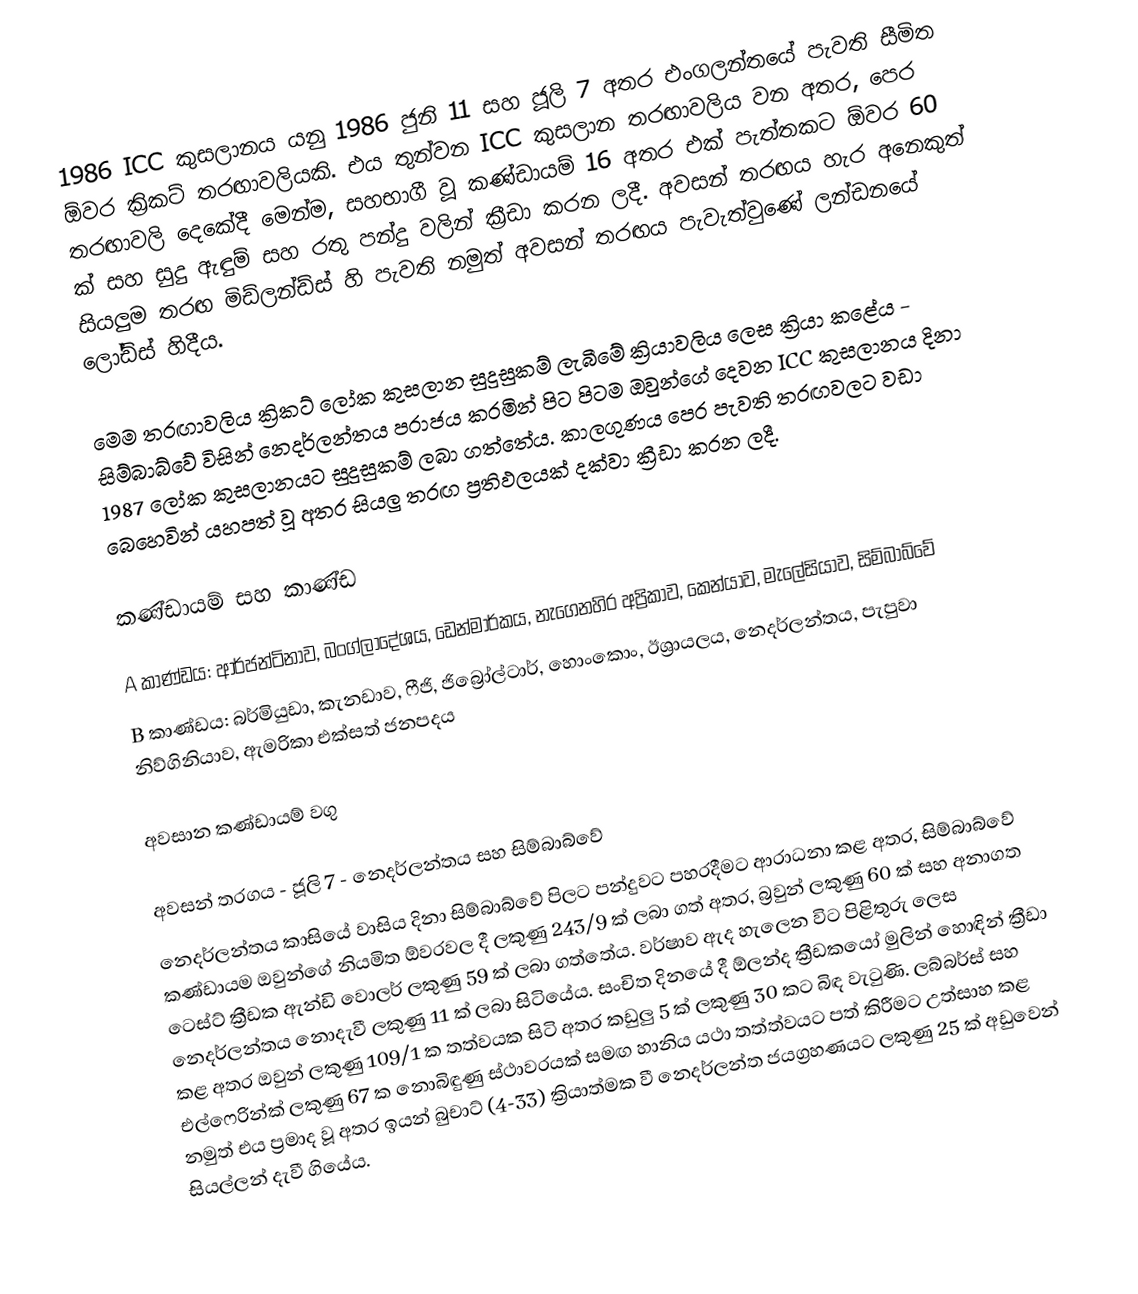
1986 ICC කුසලානය යනු 1986 ජුනි 11 සහ ජූලි 7 අතර එංගලන්තයේ පැවති සීමිත ඕවර ක්‍රිකට් තරඟාවලියකි. එය  තුන්වන ICC කුසලාන තරඟාවලිය වන අතර, පෙර තරඟාවලි දෙකේදී මෙන්ම, සහභාගී වූ කණ්ඩායම් 16 අතර එක් පැත්තකට ඕවර 60 ක් සහ සුදු ඇඳුම් සහ රතු පන්දු වලින් ක්‍රීඩා කරන ලදී. අවසන් තරඟය හැර අනෙකුත් සියලුම තරඟ මිඩ්ලන්ඩ්ස් හි පැවති නමුත් අවසන් තරඟය පැවැත්වුණේ ලන්ඩනයේ ලෝඩ්ස් හිදීය.

මෙම තරඟාවලිය ක්‍රිකට් ලෝක කුසලාන සුදුසුකම් ලැබීමේ ක්‍රියාවලිය ලෙස ක්‍රියා කළේය - සිම්බාබ්වේ විසින් නෙදර්ලන්තය පරාජය කරමින් පිට පිටම ඔවුන්ගේ දෙවන ICC කුසලානය දිනා 1987 ලෝක කුසලානයට සුදුසුකම් ලබා ගත්තේය. කාලගුණය පෙර පැවති තරඟවලට වඩා බෙහෙවින් යහපත් වූ අතර සියලු තරඟ ප්‍රතිඵලයක් දක්වා ක්‍රීඩා කරන ලදී.

කණ්ඩායම් සහ කාණ්ඩ

 A කාණ්ඩය: ආර්ජන්ටිනාව, බංග්ලාදේශය, ඩෙන්මාර්කය, නැගෙනහිර අප්‍රිකාව, කෙන්යාව, මැලේසියාව, සිම්බාබ්වේ
 B කාණ්ඩය: බර්මියුඩා, කැනඩාව, ෆීජි, ජිබ්‍රෝල්ටාර්, හොංකොං, ඊශ්‍රායලය, නෙදර්ලන්තය, පැපුවා නිව්ගිනියාව, ඇමරිකා එක්සත් ජනපදය

අවසාන කණ්ඩායම් වගු

අවසන් තරගය - ජූලි 7 - නෙදර්ලන්තය සහ සිම්බාබ්වේ
නෙදර්ලන්තය කාසියේ වාසිය දිනා සිම්බාබ්වේ පිලට පන්දුවට පහරදීමට ආරාධනා කළ අතර, සිම්බාබ්වේ කණ්ඩායම ඔවුන්ගේ නියමිත ඕවරවල දී ලකුණු 243/9 ක් ලබා ගත් අතර, බ්‍රවුන් ලකුණු 60 ක් සහ අනාගත ටෙස්ට් ක්‍රීඩක ඇන්ඩි වොලර් ලකුණු 59 ක් ලබා ගත්තේය. වර්ෂාව ඇද හැලෙන විට පිළිතුරු ලෙස නෙදර්ලන්තය නොදැවී ලකුණු 11 ක් ලබා සිටියේය. සංචිත දිනයේ දී ඕලන්ද ක්‍රීඩකයෝ මුලින් හොඳින් ක්‍රීඩා කළ අතර ඔවුන් ලකුණු 109/1 ක තත්වයක සිටි අතර කඩුලු 5 ක් ලකුණු 30 කට බිඳ වැටුණි. ලබ්බර්ස් සහ එල්ෆෙරින්ක් ලකුණු 67 ක නොබිඳුණු ස්ථාවරයක් සමඟ හානිය යථා තත්ත්වයට පත් කිරීමට උත්සාහ කළ නමුත් එය ප්‍රමාද වූ අතර ඉයන් බුචාට් (4-33) ක්‍රියාත්මක වී නෙදර්ලන්ත ජයග්‍රහණයට ලකුණු 25 ක් අඩුවෙන් සියල්ලන් දැවී ගියේය.